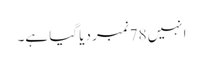
انہیں 78نمبر دیا گیا ہے۔